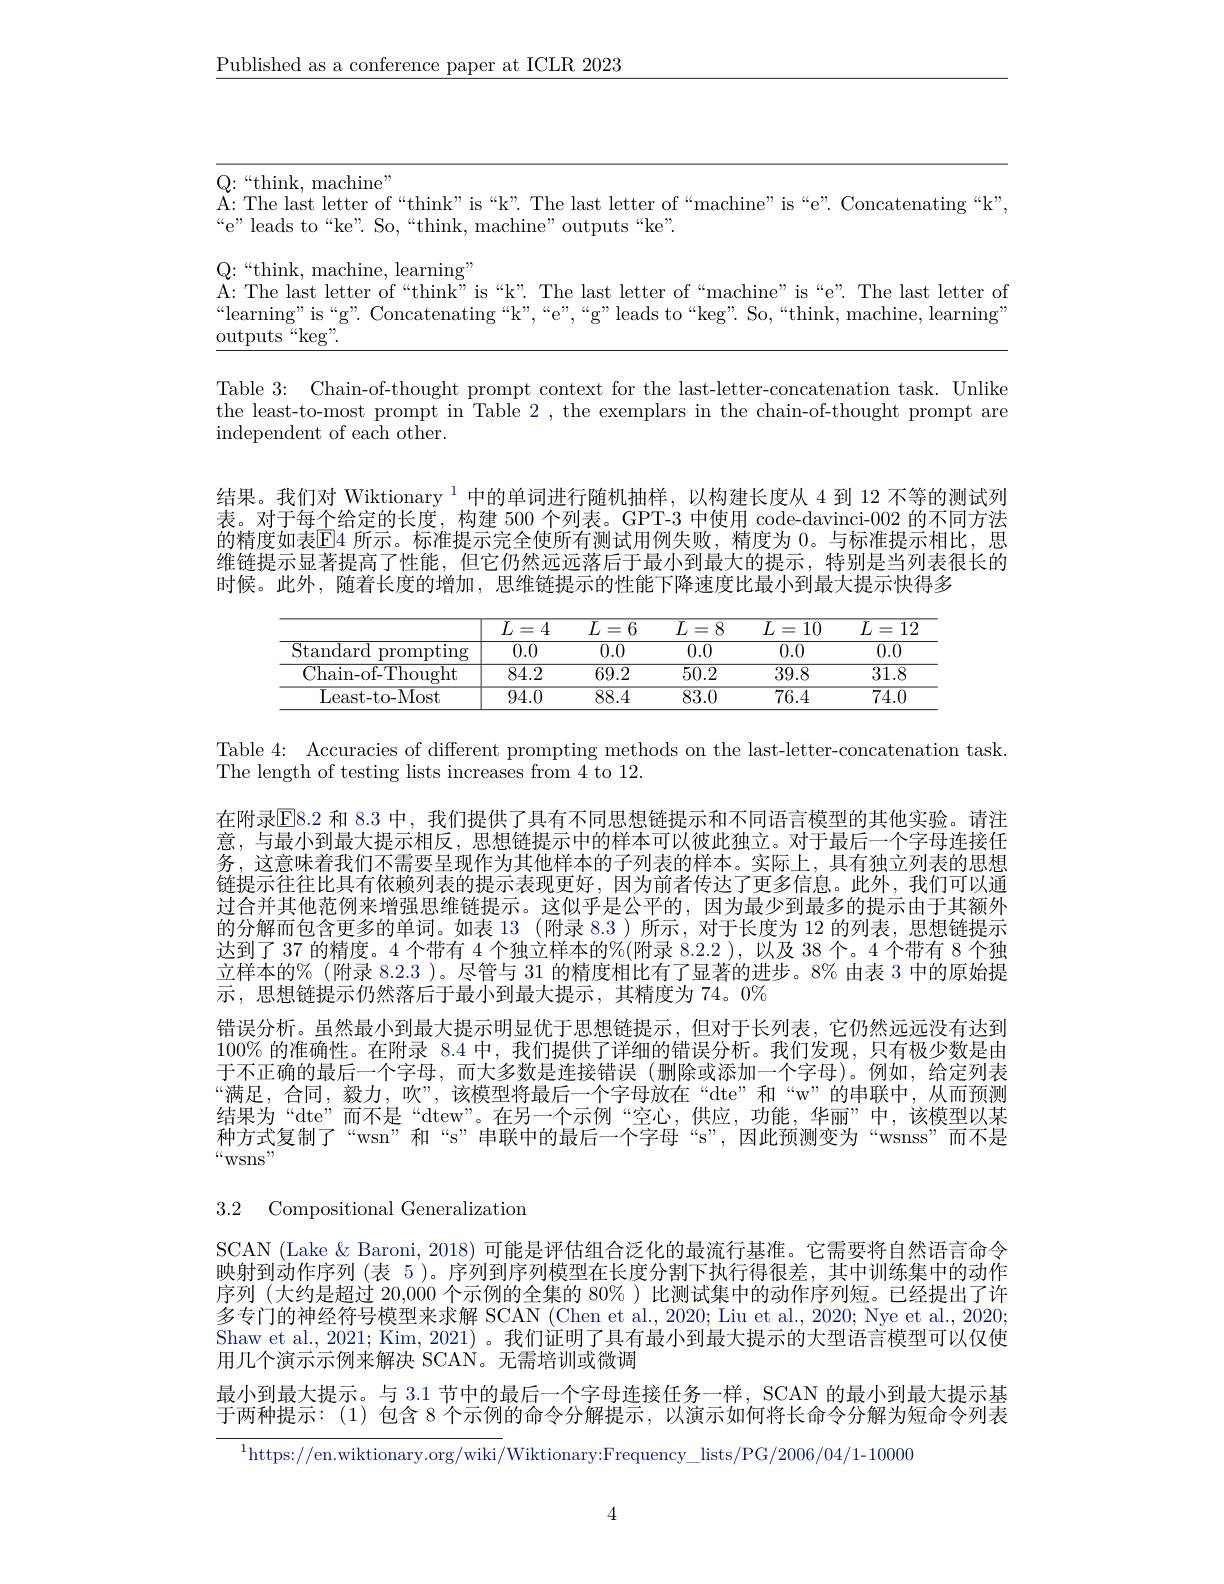
$\underline{\text{Published as a conference paper at ICLR 2023}}$

<table>
	<tbody>
		<tr>
			<td> </td>
			<td>in|r x. machine" </td>
		</tr>
	</tbody>
</table>

Table 3: Chain-of-thought prompt context for the last-letter-concatenation task. Unlike the least-to-most prompt in Table 2 , the exemplars in the chain-of-thought prompt are independent of each other.

结果。我们对 Wiktionary $^{1}$中的单词进行随机抽样，以构建长度从 4 到 12 不等的测试列表。对于每个给定的长度，构建 500 个列表。GPT-3 中使用 code-davinci-002 的不同方法的精度如表$\mathbb{E}$4 所示。标准提示完全使所有测试用例失败，精度为 0。与标准提示相比，思维链提示显著提高了性能，但它仍然远远落后于最小到最大的提示，特别是当列表很长的时候。此外 ,随着长度的增加 , 思维链提示的性能下降速度比最小到最大提示快得多

<table>
	<tbody>
		<tr>
			<th> </th>
			<th>$\overline{L}$ = 4</th>
			<th>$\overline{L=6}$ .</th>
			<th>$\overline{L=}$ 8 $\frac{1}{2}=\frac{1}{2}=\frac{1}{2}$</th>
			<th>$\overline{L=}$ 10</th>
			<th>$\overline{L}$ $\overline{12}$ =</th>
		</tr>
		<tr>
			<td>Standard prompting</td>
			<td>0.0</td>
			<td>0.0</td>
			<td>0.0</td>
			<td>0.0</td>
			<td>0.0</td>
		</tr>
		<tr>
			<td>Chain-of-Thought</td>
			<td>84.2</td>
			<td>69.2</td>
			<td>50.2</td>
			<td>39.8</td>
			<td>31.8</td>
		</tr>
		<tr>
			<td>Least- to- Most</td>
			<td>94.0</td>
			<td>88.4</td>
			<td>83.0</td>
			<td>76.4</td>
			<td>$\overline{74.0}$</td>
		</tr>
	</tbody>
</table>

Table 4: Accuracies of different prompting methods on the last-letter-concatenation task.
The length of testing lists increases from 4 to 12.

在附录$\overline{\mathrm{E}}8.2$ 和 8.3 中，我们提供了具有不同思想链提示和不同语言模型的其他实验。请注意，与最小到最大提示相反，思想链提示中的样本可以彼此独立。对于最后一个字母连接任务，这意味着我们不需要呈现作为其他样本的子列表的样本。实际上，具有独立列表的思想链提示往往比具有依赖列表的提示表现更好，因为前者传达了更多信息。此外，我们可以通过合并其他范例来增强思维链提示。这似乎是公平的，因为最少到最多的提示由于其额外的分解而包含更多的单词。如表 13 (附录 8.3 )所示，对于长度为 12 的列表，思想链提示达到了 37 的精度。4 个带有 4 个独立样本的%(附录 8.2.2 ), 以及 38 个。4 个带有 8 个独立样本的%(附录 8.2.3 )。尽管与 31 的精度相比有了显著的进步。8%由表 3 中的原始提示，思想链提示仍然落后于最小到最大提示，其精度为 74。0%
错误分析。虽然最小到最大提示明显优于思想链提示，但对于长列表，它仍然远远没有达到$100\%$的准确性。在附录 8.4 中，我们提供了详细的错误分析。我们发现，只有极少数是由于不正确的最后一个字母，而大多数是连接错误(删除或添加一个字母)。例如，给定列表“满足，合同，毅力，吹”,该模型将最后一个字母放在“dte”和“w”的串联中，从而预测结果为“dte”而不是“dtew”。在另一个示例“空心，供应，功能，华丽”中，该模型以某种方式复制了“wsn”和“s”串联中的最后一个字母“s”,因此预测变为“wsnss”而不是$““$wsns"

3.2 Compositional Generalization

SCAN (Lake $\&$ Baroni, 2018) 可能是评估组合泛化的最流行基准。它需要将自然语言命令映射到动作序列 (表 5 )。序列到序列模型在长度分割下执行得很差，其中训练集中的动作序列 (大约是超过 20,000 个示例的全集的 80% ) 比测试集中的动作序列短。已经提出了许多专门的神经符号模型来求解 SCAN (Chen et al., 2020; Liu et al., 2020; Nye et al., 2020; Shaw et al., 2021; Kim, 2021) 。我们证明了具有最小到最大提示的大型语言模型可以仅使用几个演示示例来解决 SCAN。无需培训或微调
最小到最大提示。与 3.1 节中的最后一个字母连接任务一样，SCAN 的最小到最大提示基于两种提示：(1)包含 8 个示例的命令分解提示，以演示如何将长命令分解为短命令列表

$^{1}$https://en.wiktionary.org/wiki/Wiktionary:Frequency\_lists/PG/2006/04/1-100000

4